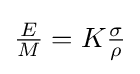
{\textstyle {\frac {E}{M}}=K{\frac {\sigma }{\rho }}}